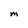
Character: M